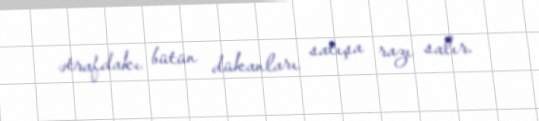
ətrafdakı bütün dükanları satışa razı salır.